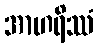
အာဟရိဿံ